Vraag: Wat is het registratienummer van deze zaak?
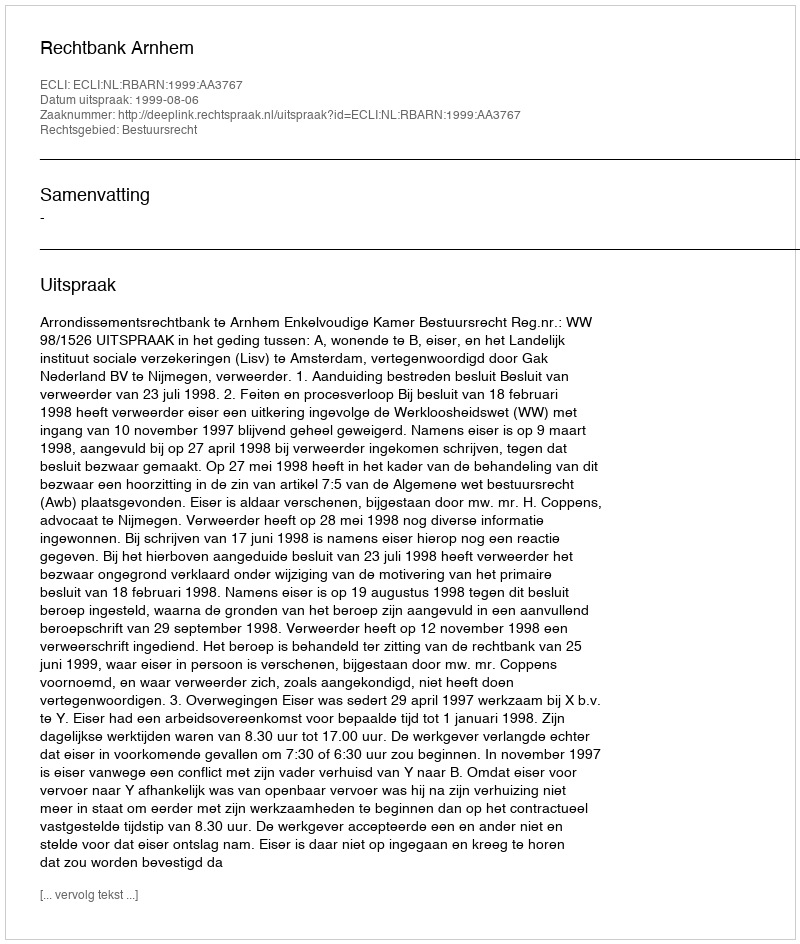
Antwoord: http://deeplink.rechtspraak.nl/uitspraak?id=ECLI:NL:RBARN:1999:AA3767